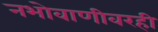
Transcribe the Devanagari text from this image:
नभोवाणीवरही